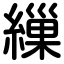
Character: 繅